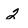
Character: 2